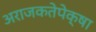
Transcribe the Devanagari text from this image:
अराजकतेपेक्षा